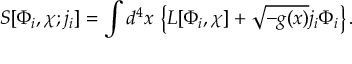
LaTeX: S [ \Phi _ { i } , \chi ; j _ { i } ] = \int d ^ { 4 } x \, \left\{ { \cal L } [ \Phi _ { i } , \chi ] + \sqrt { - g ( x ) } j _ { i } \Phi _ { i } \right\} .